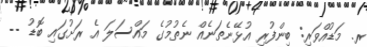
ރ. މަޑުއްވަރި: ބިންފުރި އުޅޭނެތަނެއް ނެތުމުގެ މައްސަލަ އެ ރަށުގައި ބޮޑު --